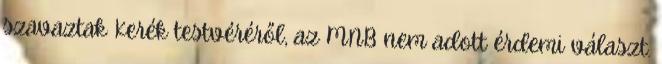
szavaztak Kerék testvéréről, az MNB nem adott érdemi választ.